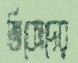
জিকোদের